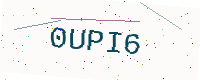
Text: 0UPI6